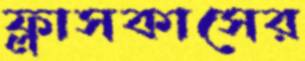
ফ্লাসকাসের